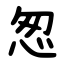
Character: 怱